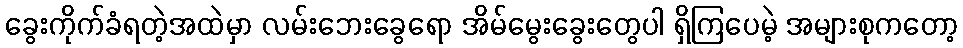
ခွေးကိုက်ခံရတဲ့အထဲမှာ လမ်းဘေးခွေရော အိမ်မွေးခွေးတွေပါ ရှိကြပေမဲ့ အများစုကတော့